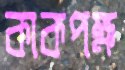
কাকপক্ষ